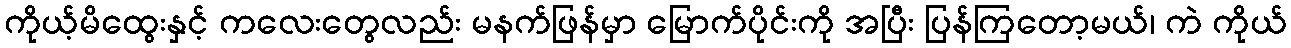
ကိုယ့်မိထွေးနှင့် ကလေးတွေလည်း မနက်ဖြန်မှာ မြောက်ပိုင်းကို အပြီး ပြန်ကြတော့မယ်၊ ကဲ ကိုယ်